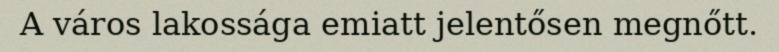
A város lakossága emiatt jelentősen megnőtt.